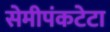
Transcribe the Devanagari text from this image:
सेमीपंकटेटा